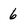
Character: 6